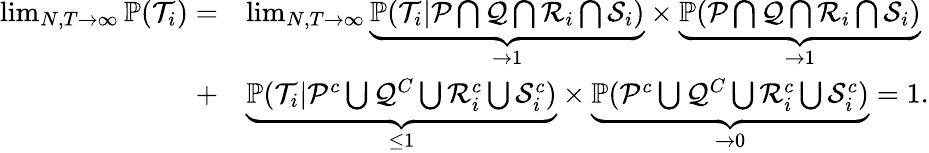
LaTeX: \begin{array}{rl}{\operatorname*{lim}_{N,T\to\infty}\mathbb{P}(\mathcal{T}_{i})=}&{\operatorname*{lim}_{N,T\to\infty}\underset{\to 1}{\underbrace{\mathbb{P}(\mathcal{T}_{i}\vert\mathcal{P}\bigcap\mathcal{Q}\bigcap\mathcal{R}_{i}\bigcap\mathcal{S}_{i})}}\times\underset{\to 1}{\underbrace{\mathbb{P}(\mathcal{P}\bigcap\mathcal{Q}\bigcap\mathcal{R}_{i}\bigcap\mathcal{S}_{i})}}}\\ {+}&{\underset{\leq 1}{\underbrace{\mathbb{P}(\mathcal{T}_{i}\vert\mathcal{P}^{c}\bigcup\mathcal{Q}^{C}\bigcup\mathcal{R}_{i}^{c}\bigcup\mathcal{S}_{i}^{c})}}\times\underset{\to 0}{\underbrace{\mathbb{P}(\mathcal{P}^{c}\bigcup\mathcal{Q}^{C}\bigcup\mathcal{R}_{i}^{c}\bigcup\mathcal{S}_{i}^{c})}}=1.}\end{array}